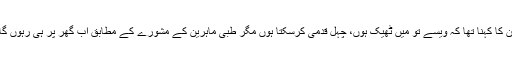
اُن کا کہنا تھا کہ ویسے تو میں ٹھیک ہوں، چہل قدمی کرسکتا ہوں مگر طبی ماہرین کے مشورے کے مطابق اب گھر پر ہی رہوں گا۔